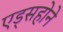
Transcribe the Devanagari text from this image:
एड्सहोने